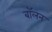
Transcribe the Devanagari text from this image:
बॉलन